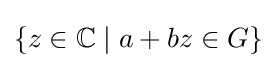
\{z\in {\mathbb {C} }\mid a+bz\in G\}